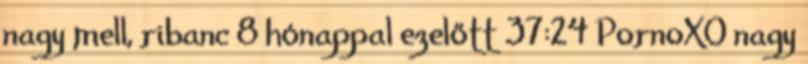
nagy mell, ribanc 8 hónappal ezelőtt 37:24 PornoXO nagy